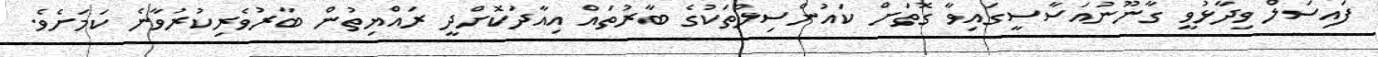
ފައިސަލް ވިދާޅުވީ ގާނޫނުއަސާސީގައިވާ ގޮތަށް ކައުންސިލްތަކުގެ ބާރުތައް އިއާދަކޮށްދީ ރައްޔިތުން ބާރުވެރިކުރުވާނެ ކަމަށެވެ.